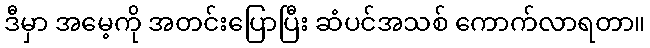
ဒီမှာ အမေ့ကို အတင်းပြောပြီး ဆံပင်အသစ် ကောက်လာရတာ။